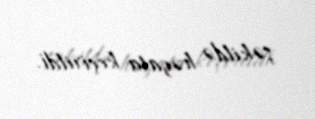
şəkildə həyata keçirildi.